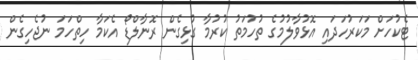
ޓެކުހަށް މަކަރުހަދައި އޮޅުވާލުމުގެ ތުހުމަތު ކުރުމާ ގުޅިގެން ރޮނާލްޑޯ އެކަމާ ހިތްހަމަ ނުޖެހިގެން